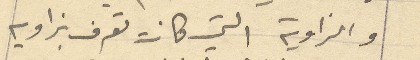
والزاوية التي كانت تعرف بزاويه